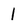
Character: 1